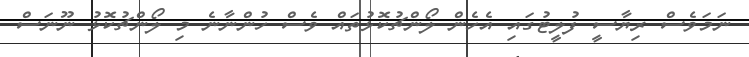
ނަމަވެސް ރިޔާސީ ފުލީޓުގައި އެހެން ލޯންޗުކޮޅުތައް ވެސް ހުންނާނެ މި ލޯންޗުކޮޅު ނޫނަސް